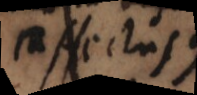
affectusque